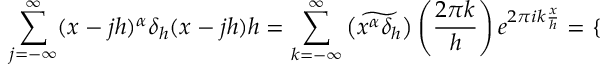
\sum _ { j = - \infty } ^ { \infty } ( x - j h ) ^ { \alpha } \delta _ { h } ( x - j h ) h = \sum _ { k = - \infty } ^ { \infty } \widetilde { \left( x ^ { \alpha } \delta _ { h } \right) } \left( \frac { 2 \pi k } { h } \right) e ^ { 2 \pi i k \frac { x } { h } } = \left\{ \begin{array} { r l } \end{array} \right.